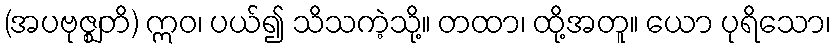
(အပဗုဇ္ဈတိ) ဣဝ၊ ပယ်၍ သိသကဲ့သို့။ တထာ၊ ထို့အတူ။ ယော ပုရိသော၊